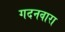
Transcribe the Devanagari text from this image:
गदनवारा